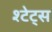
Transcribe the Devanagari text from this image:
श्टेट्स